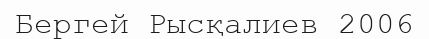
Бергей Рысқалиев 2006